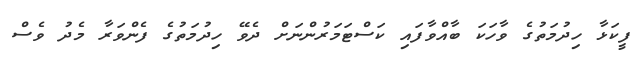
ފީކަޅާ ހިދުމަތުގެ ވާހަކަ ބާއްވާފައި ކަސްޓަމަރުންނަށް ދެވޭ ހިދުމަތުގެ ފެންވަރާ މެދު ވެސް